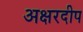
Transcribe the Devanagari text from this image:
अक्षरदीप